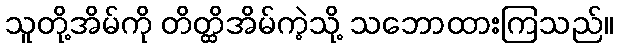
သူတို့အိမ်ကို တိတ္ထိအိမ်ကဲ့သို့ သဘောထားကြသည်။